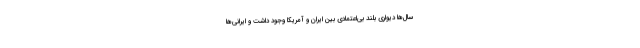
سال‌ها دیواری بلند بی‌اعتمادی بین ایران و آمریکا وجود داشت و ایرانی‌ها